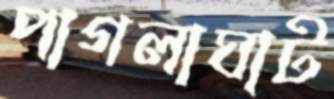
পাগলাঘাট